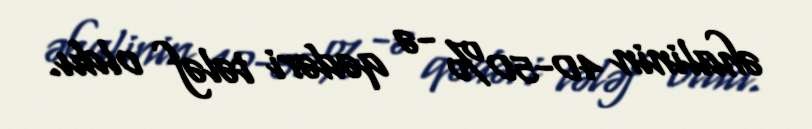
əhalinin 40-50% -ə qədəri tələf oldu.